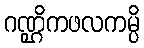
ဂဏ္ဌိကဖလကမ္ပိ